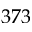
3 7 3